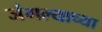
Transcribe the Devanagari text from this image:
जंगल्याच्या